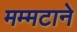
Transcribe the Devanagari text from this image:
मम्मटाने